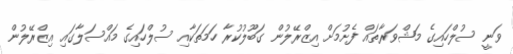
ވަނީ ސުލްހައިގެ މަޝްވަރާތައް ފެށުމަށް އިޒްރޭލުން ގަބޫލުކުރާ ހަމަތަކާއި ސުލްހައިގެ މައްސަލާގައި އިޒްރޭލުން